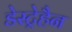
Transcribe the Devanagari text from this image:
डेस्ट्रेहैन